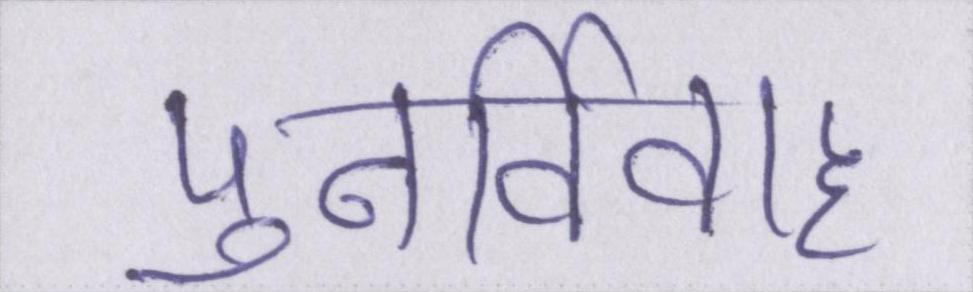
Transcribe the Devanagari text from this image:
पुनर्विवाह